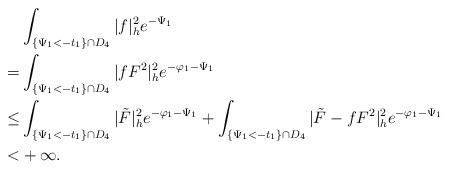
LaTeX: \begin{align*}&\int_{ \{\Psi_1<-t_1\}\cap D_4}|f|^2_he^{-\Psi_1}\\=&\int_{\{\Psi_1<-t_1\}\cap D_4}|fF^2|^2_he^{-\varphi_1-\Psi_1}\\\le & \int_{\{\Psi_1<-t_1\}\cap D_4}|\tilde{F}|^2_he^{-\varphi_1-\Psi_1}+\int_{\{\Psi_1<-t_1\}\cap D_4}|\tilde{F}-fF^2|^2_he^{-\varphi_1-\Psi_1}\\< &+\infty.\end{align*}